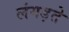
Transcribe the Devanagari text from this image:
लंगड़ते